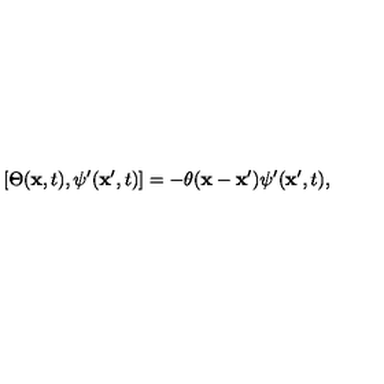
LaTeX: \left[ \Theta ( { \bf x } , t ) , \psi ^ { \prime } ( { \bf x } ^ { \prime } , t ) \right] = - \theta ( { \bf x } - { \bf x } ^ { \prime } ) \psi ^ { \prime } ( { \bf x } ^ { \prime } , t ) ,